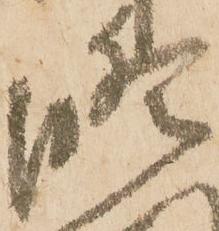
修